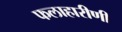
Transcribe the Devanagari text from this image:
फलाहारीणी